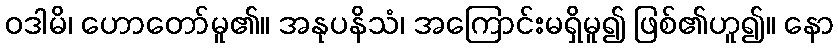
ဝဒါမိ၊ ဟောတော်မူ၏။ အနုပနိသံ၊ အကြောင်းမရှိမူ၍ ဖြစ်၏ဟူ၍။ နော